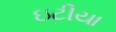
ઇટીયા